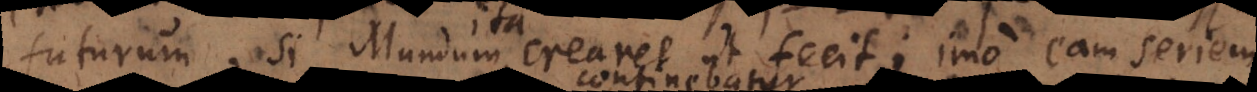
futurum, si Mundum crearet ut fecit; imo eam seriem